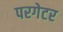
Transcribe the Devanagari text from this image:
परगेटर